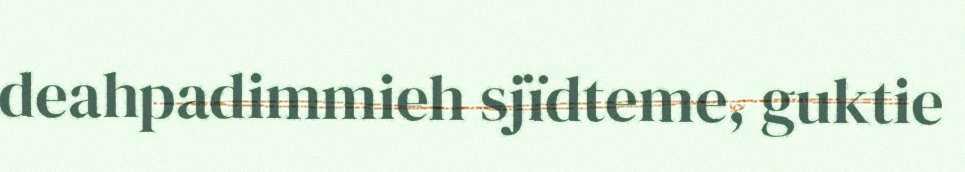
deahpadimmieh sjïdteme, guktie